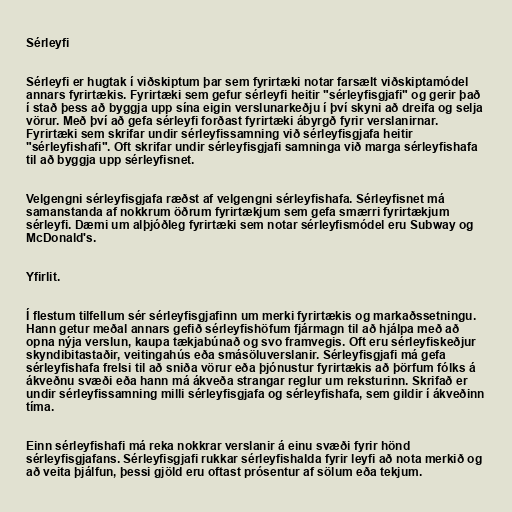
Sérleyfi

Sérleyfi er hugtak í viðskiptum þar sem fyrirtæki notar farsælt viðskiptamódel
annars fyrirtækis. Fyrirtæki sem gefur sérleyfi heitir "sérleyfisgjafi" og gerir það
í stað þess að byggja upp sína eigin verslunarkeðju í því skyni að dreifa og selja
vörur. Með því að gefa sérleyfi forðast fyrirtæki ábyrgð fyrir verslanirnar.
Fyrirtæki sem skrifar undir sérleyfissamning við sérleyfisgjafa heitir
"sérleyfishafi". Oft skrifar undir sérleyfisgjafi samninga við marga sérleyfishafa
til að byggja upp sérleyfisnet.

Velgengni sérleyfisgjafa ræðst af velgengni sérleyfishafa. Sérleyfisnet má
samanstanda af nokkrum öðrum fyrirtækjum sem gefa smærri fyrirtækjum
sérleyfi. Dæmi um alþjóðleg fyrirtæki sem notar sérleyfismódel eru Subway og
McDonald's.

Yfirlit.

Í flestum tilfellum sér sérleyfisgjafinn um merki fyrirtækis og markaðssetningu.
Hann getur meðal annars gefið sérleyfishöfum fjármagn til að hjálpa með að
opna nýja verslun, kaupa tækjabúnað og svo framvegis. Oft eru sérleyfiskeðjur
skyndibitastaðir, veitingahús eða smásöluverslanir. Sérleyfisgjafi má gefa
sérleyfishafa frelsi til að sniða vörur eða þjónustur fyrirtækis að þörfum fólks á
ákveðnu svæði eða hann má ákveða strangar reglur um reksturinn. Skrifað er
undir sérleyfissamning milli sérleyfisgjafa og sérleyfishafa, sem gildir í ákveðinn
tíma.

Einn sérleyfishafi má reka nokkrar verslanir á einu svæði fyrir hönd
sérleyfisgjafans. Sérleyfisgjafi rukkar sérleyfishalda fyrir leyfi að nota merkið og
að veita þjálfun, þessi gjöld eru oftast prósentur af sölum eða tekjum.